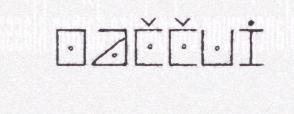
oaččui